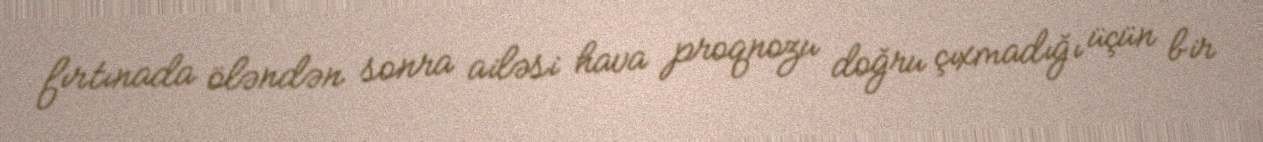
fırtınada öləndən sonra ailəsi hava proqnozu doğru çıxmadığı üçün bir